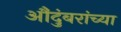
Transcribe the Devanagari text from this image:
औंदुंबरांच्या